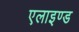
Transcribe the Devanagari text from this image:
एलाइण्ड